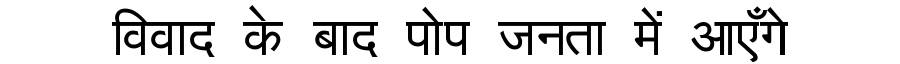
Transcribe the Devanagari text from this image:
विवाद के बाद पोप जनता में आएँगे